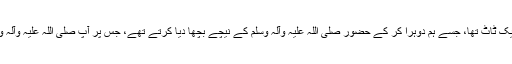
تو اُنہوں نے فرمایا : ایک ٹاٹ تھا، جسے ہم دوہرا کر کے حضور صلی اللہ علیہ وآلہ وسلم کے نیچے بچھا دیا کرتے تھے، جس پر آپ صلی اللہ علیہ وآلہ وسلم استراحت فرماتے۔